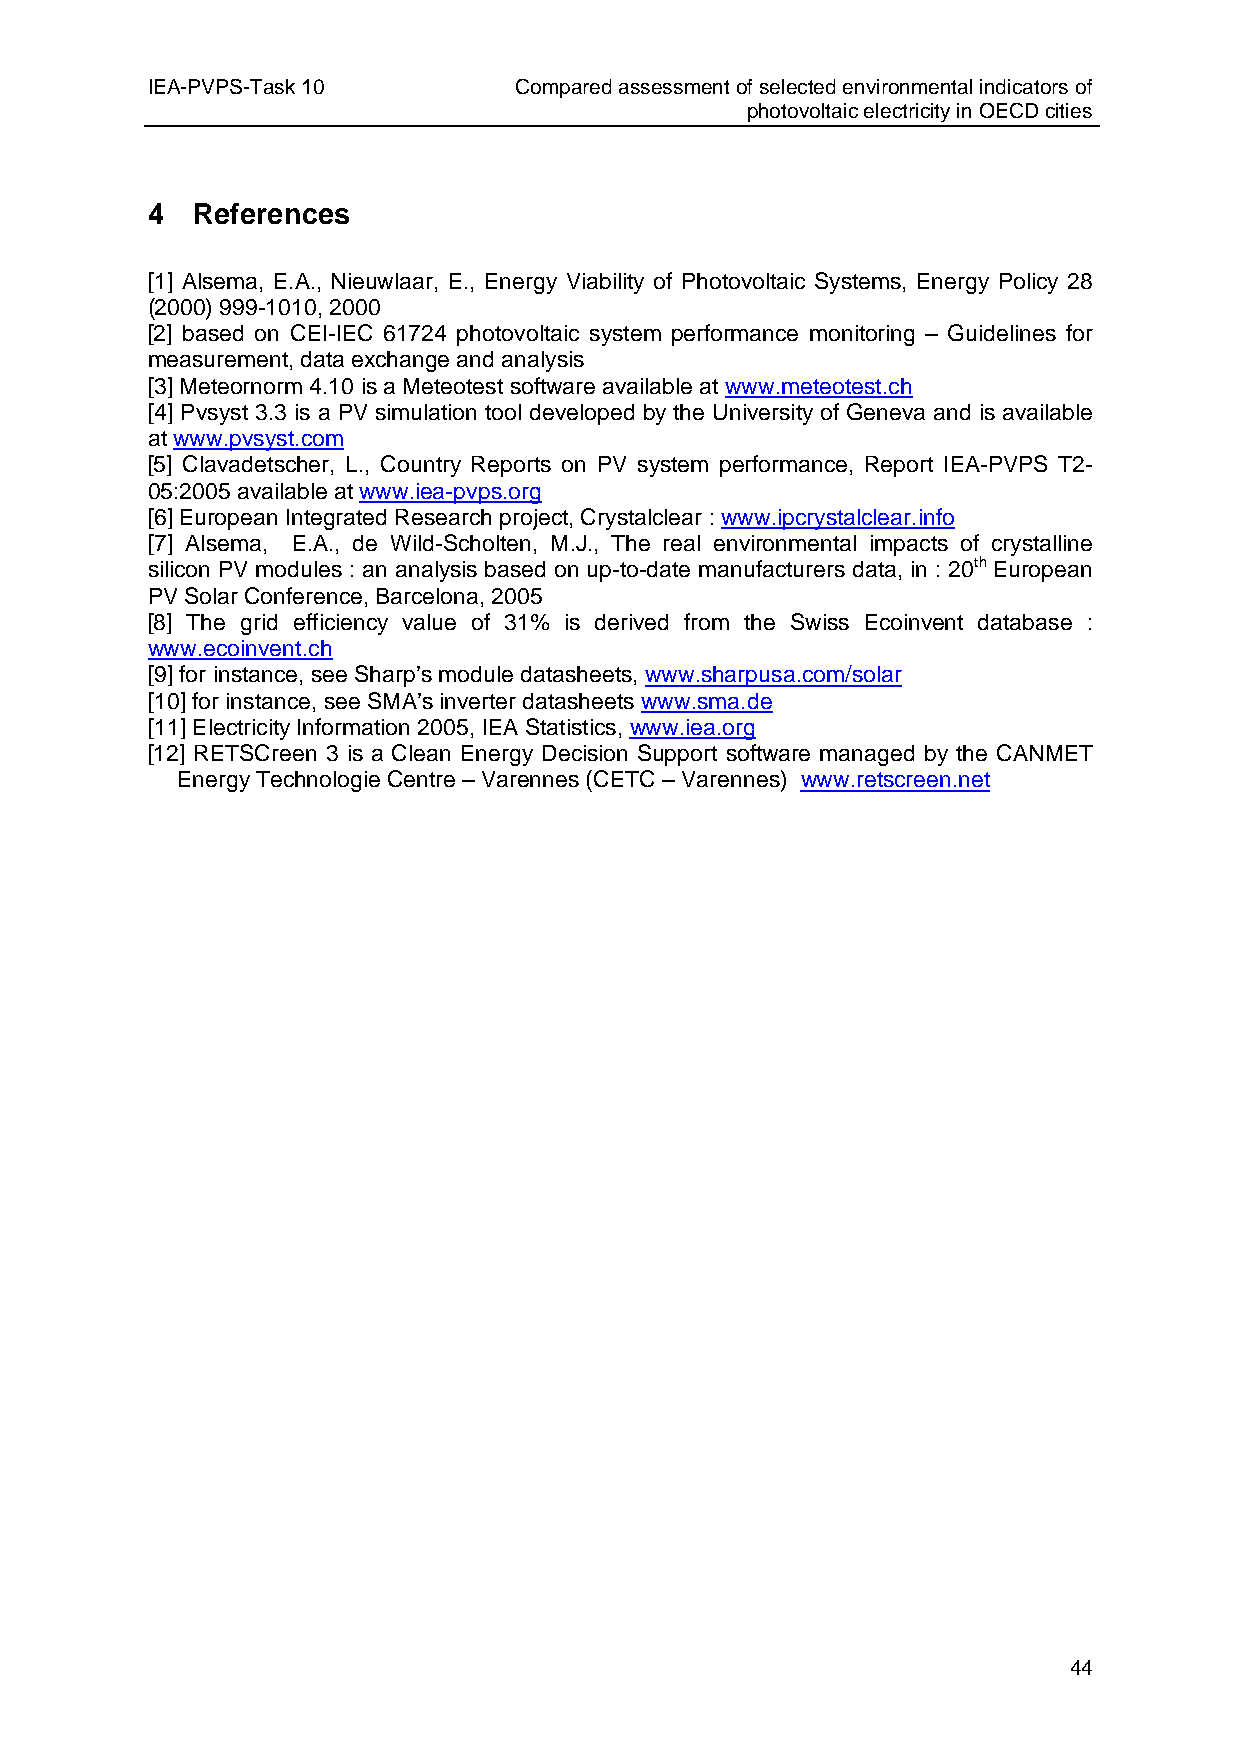
IEA-PVPS-Task 10        Compared assessment of selected environmental indicators of
 photovoltaic electricity in OECD cities
 4  References
 [1] Alsema, E.A., Nieuwlaar, E., Energy Viability of Photovoltaic Systems, Energy Policy 28
 (2000) 999-1010, 2000
 [2] based on CEI-IEC 61724 photovoltaic system performance monitoring – Guidelines for
 measurement, data exchange and analysis
 [3] Meteornorm 4.10 is a Meteotest software available at www.meteotest.ch
 [4] Pvsyst 3.3 is a PV simulation tool developed by the University of Geneva and is available
 at www.pvsyst.com
 [5] Clavadetscher, L., Country Reports on PV system performance, Report IEA-PVPS T2-
 05:2005 available at www.iea-pvps.org
 [6] European Integrated Research project, Crystalclear : www.ipcrystalclear.info
 [7] Alsema, E.A., de Wild-Scholten, M.J., The real environmental impacts of crystalline
 silicon PV modules : an analysis based on up-to-date manufacturers data, in : 20th European
 PV Solar Conference, Barcelona, 2005
 [8] The grid efficiency value of 31% is derived from the Swiss Ecoinvent database :
 www.ecoinvent.ch
 [9] for instance, see Sharp’s module datasheets, www.sharpusa.com/solar
 [10] for instance, see SMA’s inverter datasheets www.sma.de
 [11] Electricity Information 2005, IEA Statistics, www.iea.org
 [12] RETSCreen 3 is a Clean Energy Decision Support software managed by the CANMET
 Energy Technologie Centre – Varennes (CETC – Varennes) www.retscreen.net
 44